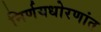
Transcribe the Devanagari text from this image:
निर्णयधोरणांत